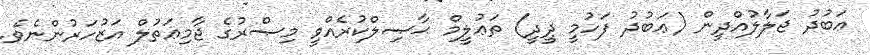
ޢަބުދު ޖަލާލުއްދީން (ޢަބުދު ފަހުމީ ދީދީ) ތަޢުލީމް ޙާޞިލްކުރެއްވީ މިޞްރުގެ ޖާމިޢަތުލް އަޒުހަރުންނެވެ.